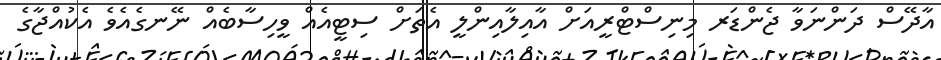
އާދޭސް ދަންނަވާ ޖެންޑަރ މިނިސްޓްރީއަށް އާއިލާއިންލީ އެތަށް ސިޓީއެއް ވީހިސާބެއް ނޭނގެއެވެ އެކުއްޖާގެ